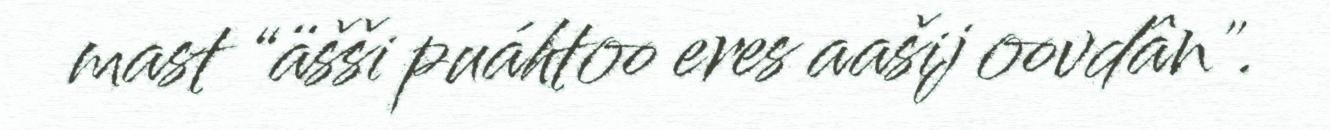
mast “äšši puáhtoo eres aašij oovdân".